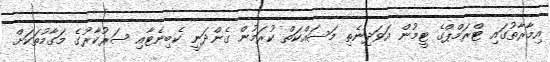
އިމާރާތުގައި ޓްރަމްޕްގެ ޓީމުން އަވަދިނެތި މަސައްކަތް ކުރަމުން ގެންދަނީ ކެބިނެޓާއި ސަރުކާރުގެ މަގާމުތަކަށް